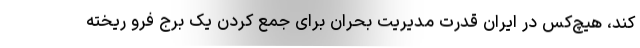
کند، هیچ‌کس در ایران قدرت مدیریت بحران برای جمع کردن یک برج فرو ریخته